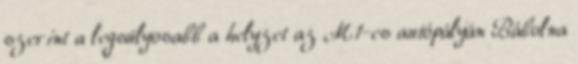
szerint a legsúlyosabb a helyzet az M1-es autópályán Bábolna